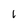
Character: 6